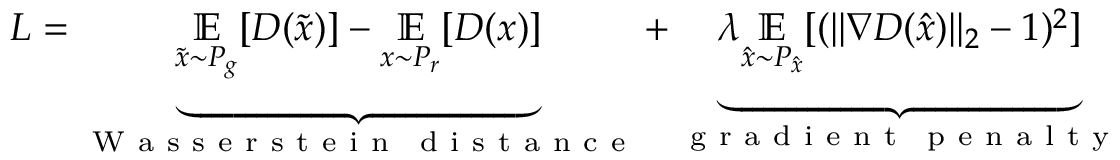
L = \underbrace { \underset { \tilde { x } \sim P _ { g } } { \mathbb { E } } [ D ( \tilde { x } ) ] - \underset { x \sim P _ { r } } { \mathbb { E } } [ D ( x ) ] } _ { \mathrm { ~ W ~ a ~ s ~ s ~ e ~ r ~ s ~ t ~ e ~ i ~ n ~ \, ~ d ~ i ~ s ~ t ~ a ~ n ~ c ~ e ~ } } + \underbrace { \lambda \underset { \hat { x } \sim P _ { \hat { x } } } { \mathbb { E } } [ ( \lVert \nabla D ( \hat { x } ) \rVert _ { 2 } - 1 ) ^ { 2 } ] } _ { \mathrm { ~ g ~ r ~ a ~ d ~ i ~ e ~ n ~ t ~ \, ~ p ~ e ~ n ~ a ~ l ~ t ~ y ~ } }